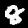
Digit: 8